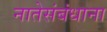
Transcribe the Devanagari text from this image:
नातेसंबंधाना